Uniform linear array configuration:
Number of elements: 12
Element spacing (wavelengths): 0.75
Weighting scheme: hann
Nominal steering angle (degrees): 15
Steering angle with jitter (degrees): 16.89
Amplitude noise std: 0.05
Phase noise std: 0.05

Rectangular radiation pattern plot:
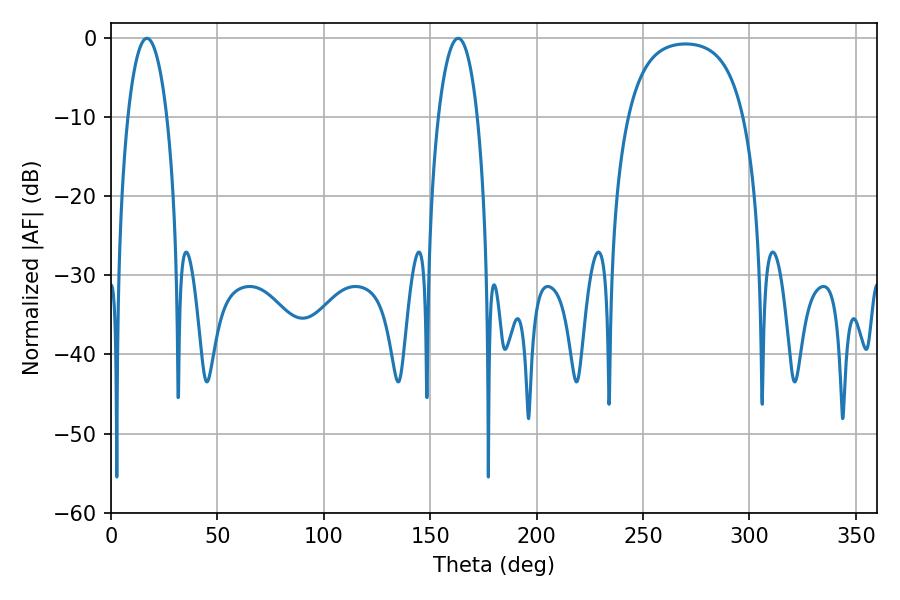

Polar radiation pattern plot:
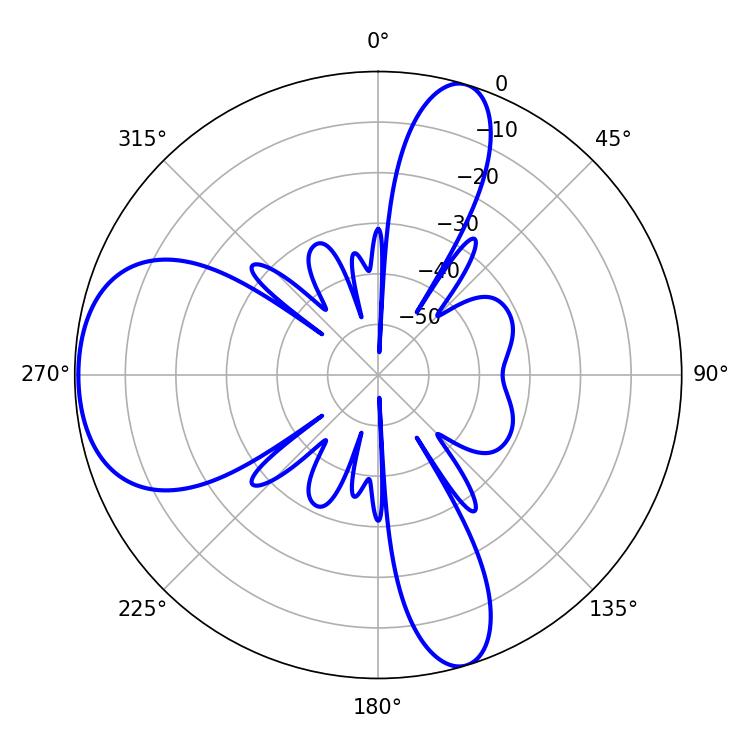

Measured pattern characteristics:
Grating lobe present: TRUE
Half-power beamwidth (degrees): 10.26
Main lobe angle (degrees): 16.92